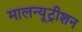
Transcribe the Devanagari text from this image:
मालन्यूट्रीशन